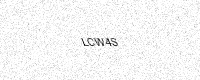
Text: LCW4S